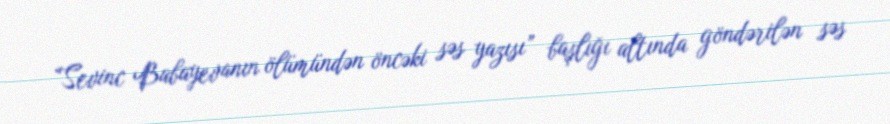
“Sevinc Babayevanın ölümündən öncəki səs yazısı” başlığı altında göndərilən səs